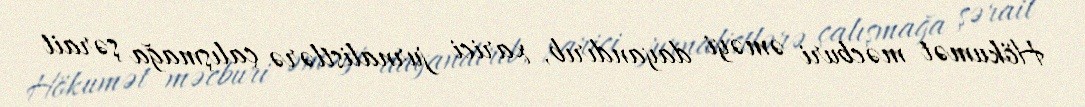
Hökumət məcburi əməyi dayandırıb, xarici jurnalistlərə çalışmağa şərait